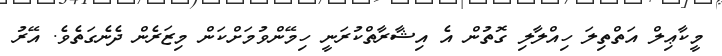
މީކާޢިލް އަތްތިލަ ހިއްލާލި ގޮތުން އެ އިޝާރާތްކުރަނީ ހިމޭންވުމަށްކަން މިޒަރެން ދެނެގަތެވެ. އޭރު